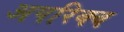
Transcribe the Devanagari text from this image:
अपरिक्व